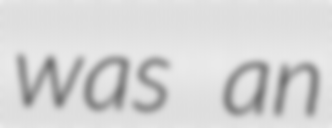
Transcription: was an